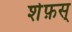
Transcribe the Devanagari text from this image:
शेफ़स्